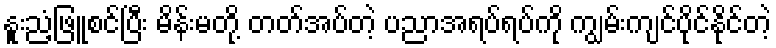
နူးညံ့ဖြူစင်ပြီး မိန်းမတို့ တတ်အပ်တဲ့ ပညာအရပ်ရပ်ကို ကျွမ်းကျင်ပိုင်နိုင်တဲ့